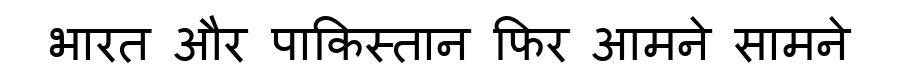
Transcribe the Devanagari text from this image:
भारत और पाकिस्तान फिर आमने सामने